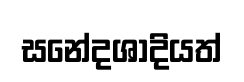
සනේදශාදියත්